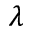
\lambda